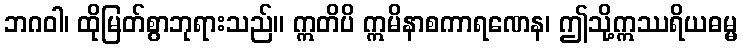
ဘဂဝါ၊ ထိုမြတ်စွာဘုရားသည်။ ဣတိပိ ဣမိနာစကာရဏေန၊ ဤသို့ဣဿရိယဓမ္မ